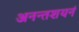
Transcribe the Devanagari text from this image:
अनन्तशयनं